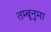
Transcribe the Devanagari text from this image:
तम्बूनुमा